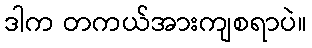
ဒါက တကယ်အားကျစရာပဲ။